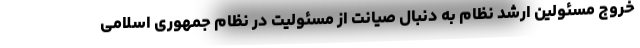
خروج مسئولین ارشد نظام به دنبال صیانت از مسئولیت در نظام جمهوری اسلامی